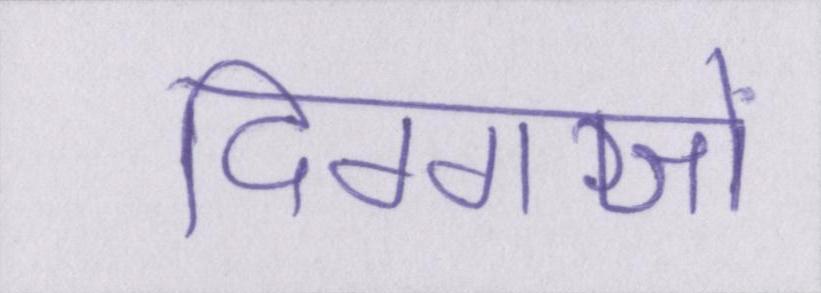
दिग्गजों